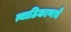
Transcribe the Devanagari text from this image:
त्याठिकाणचे